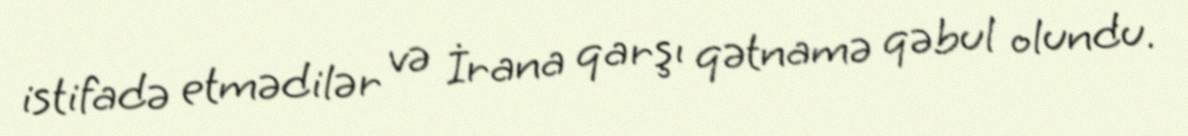
istifadə etmədilər və İrana qarşı qətnamə qəbul olundu.